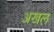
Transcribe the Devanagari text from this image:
अखल